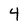
Character: 4